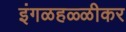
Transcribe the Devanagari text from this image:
इंगळहळ्ळीकर